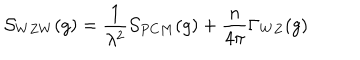
{ \cal S } _ { W Z W } ( g ) = { \frac { 1 } { \lambda ^ { 2 } } } { \cal S } _ { P C M } ( g ) + { \frac { n } { 4 \pi } } \Gamma _ { W Z } ( g )